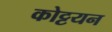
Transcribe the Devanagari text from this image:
कोट्टयन